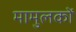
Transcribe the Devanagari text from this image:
मामुलकों